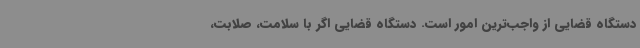
دستگاه قضایی از واجب‌ترین امور است. دستگاه قضایی اگر با سلامت، صلابت،